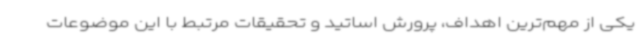
یکی از مهم‌ترین اهداف، پرورش اساتید و تحقیقات مرتبط با این موضوعات